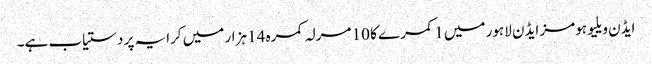
ایڈن ویلیو ہومز ایڈن لاہور میں 1 کمرے کا 10 مرلہ کمرہ 14 ہزار میں کرایہ پر دستیاب ہے۔